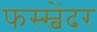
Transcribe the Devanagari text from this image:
फस्स्बेंदर